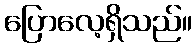
ပြောလေ့ရှိသည်။